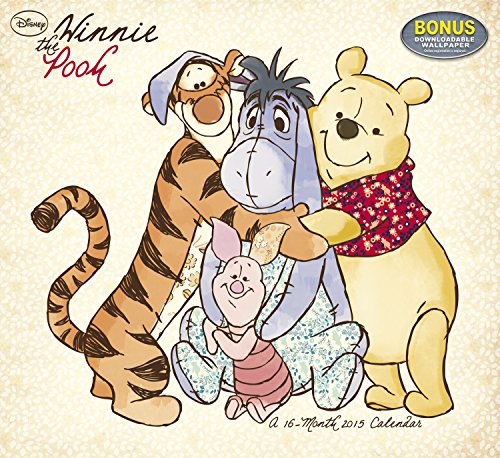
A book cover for Disney Winnie the Pooh Wall Calendar (2015); Day Dream; Calendars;